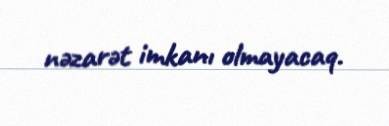
nəzarət imkanı olmayacaq.